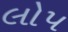
લોપ